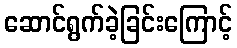
ဆောင်ရွက်ခဲ့ခြင်းကြောင့်